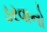
ડરવાનો